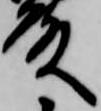
殿